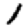
Digit: 1